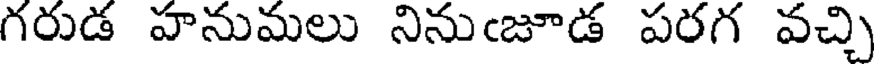
గరుడ హనుమలు నినుఁజూడ పరగ వచ్చి